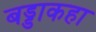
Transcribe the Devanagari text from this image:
बड्डाकहा